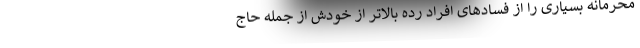
محرمانه بسیاری را از فسادهای افراد رده بالاتر از خودش از جمله حاج